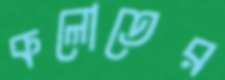
কলোতের